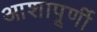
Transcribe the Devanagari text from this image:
आशापूर्णी